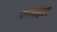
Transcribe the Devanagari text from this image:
फलहार